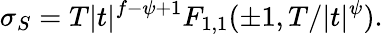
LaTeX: \sigma_{S}=T|t|^{f-\psi+1}F_{1,1}(\pm 1,T/|t|^{\psi}).